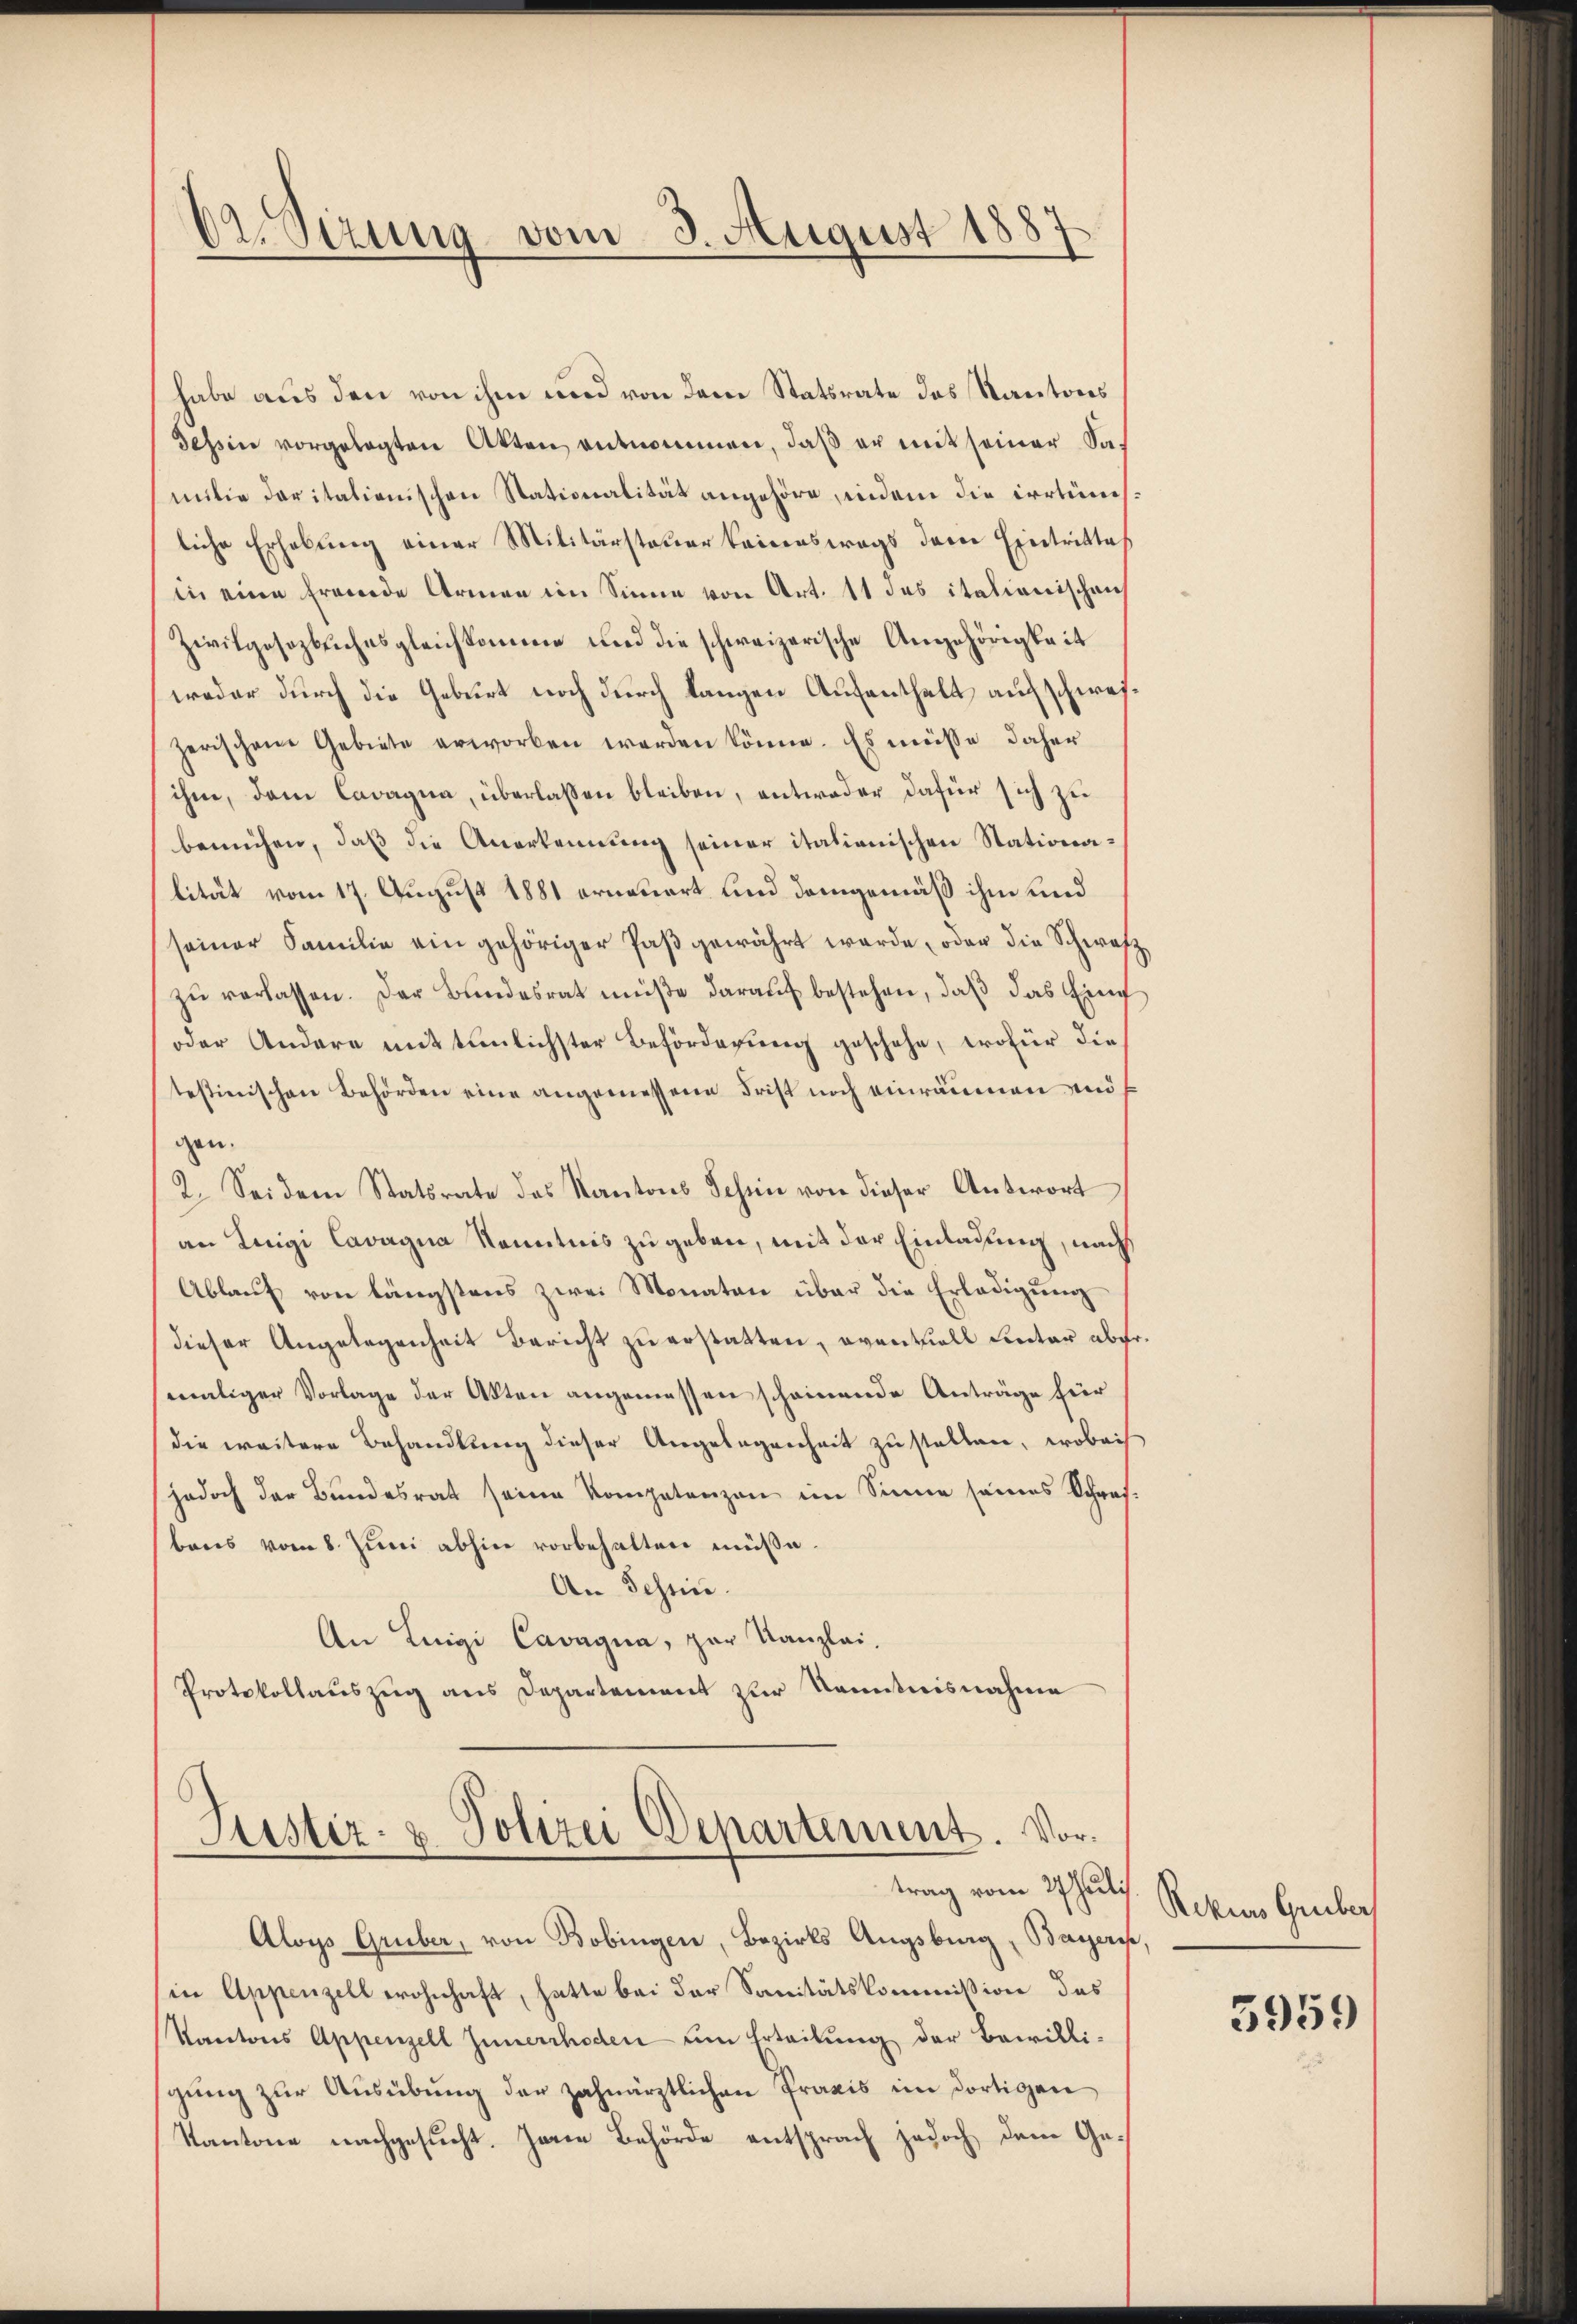
2Sirung vom 3. August 1887

habe aus den von ihm und von dem Statsrate des Kantons
Tessin vorgelegten Akten entnommen, daβ er mit seiner damilie daritationischen Stationalität angehöre, indem die irrtüm
liche Erhebung einer Militärsteuer keinenswegs davon Eintrittes
in eine fremde Armen im Sinne von Art. 11 des italienischen
Zivilgesezbuches gleichkomme und die schweizerische Angehörigkeit
weder durch die Geburt noch durch langen Aufenthalt aufschweizerischen Gebiete erworben werden könne. Es müsse daher
ihm, dem Cavagna, überlassen bleiben, antweder dafür sich ze
bemühen, daß die Anerkennung seiner italienischen Stationalität vom 17. August 1881 erneuert und demgemäß ihm und
seiner Familie ein gehöriger Paβ gewährt werde, oder die Schwafz
zŭ verlassen. Der Bŭndesrat müße daraŭf bestehen, daβ das Ein
oder Andere mittenlichster Beförderung geschehe, wofür die
testinischen Behörden eine angemessene Frist noch einräumen und
gen.
2. Sei dem Statsrate des Kantons Schin von dieser Antwort
an Luigi Cavagna Kenntnis zu geben, mit der Einladung, nach
Ablauf von längstens zwei Monaten über die Erledigung
Dieser Angelegenheit Bericht zu erstatten, eventuell Lietar aber.
maliger Vorlage der Akten angemessen scheinende Anträge für
die weitere Behandlung dieser Angelegenheit zu stellen, wobei
jedoch der Bŭndesrat seine Kompetenzen im Sinne seines Schraf-
bres vom 8. Juni abhin vorbehalten müße.
An Tessin.
An Luigi Cavagia, par Kanzlei-
Protokollauszug aus Departement zur Kenntnisnahme

Justiz- & Polizei Departement. Vortrag vom 27 Juli

Aloys Gruber, von Bobingen, Bezirks Augsburg, Bayeris,
in Appenzell wohnhaft, hatte bei der Sanitätskommission des
Kantons Appenzell Innerrhoden um Erteilung der Bewilli-
gŭng zŭr Aŭsübŭng der zahnärztlichen Praxis im dortigen
Kantone nachgesucht. Jene Behörde entsprach jedoch dem Ge¬

Rekurs Gruber

5959